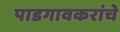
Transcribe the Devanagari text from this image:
पाडगावकरांचे